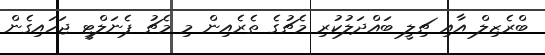
ބްރެޒިލް އާއި ޗިލީ ބައްދަލުކުރި މެޗުގެ ތެރެއިން މި މެޗު ޕެނަލްޓީ ޖަހައިގެން